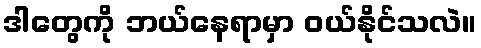
ဒါတွေကို ဘယ်နေရာမှာ ဝယ်နိုင်သလဲ။